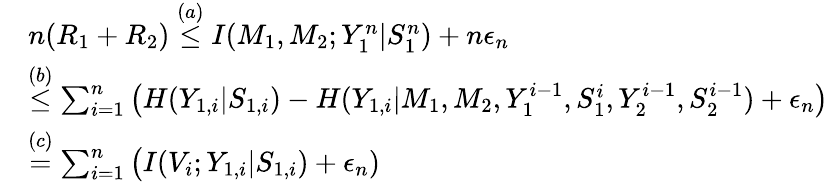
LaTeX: \begin{array}{rl}&{n(R_{1}+R_{2})\overset{(a)}{\leq}I(M_{1},M_{2};Y_{1}^{n}|S_{1}^{n})+n\epsilon_{n}}\\ &{\overset{(b)}{\leq}\sum_{i=1}^{n}\big(H(Y_{1,i}|S_{1,i})-H(Y_{1,i}|M_{1},M_{2},Y_{1}^{i-1},S_{1}^{i},Y_{2}^{i-1},S_{2}^{i-1})+\epsilon_{n}\big)}\\ &{\overset{(c)}{=}\sum_{i=1}^{n}\big(I(V_{i};Y_{1,i}|S_{1,i})+\epsilon_{n})}\end{array}